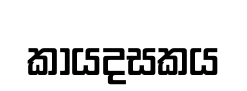
කායදසකය